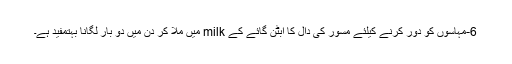
6-مہاسوں کو دور کرنے کیلئے مسور کی دال کا ابٹن گائے کے milk میں ملا کر دن میں دو بار لگانا بہتمفید ہے۔